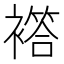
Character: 𧝡